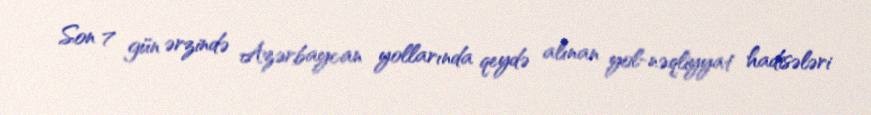
Son 7 gün ərzində Azərbaycan yollarında qeydə alınan yol-nəqliyyat hadisələri